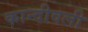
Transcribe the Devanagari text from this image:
कान्दीवली